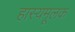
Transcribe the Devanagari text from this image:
हास्यमूलक